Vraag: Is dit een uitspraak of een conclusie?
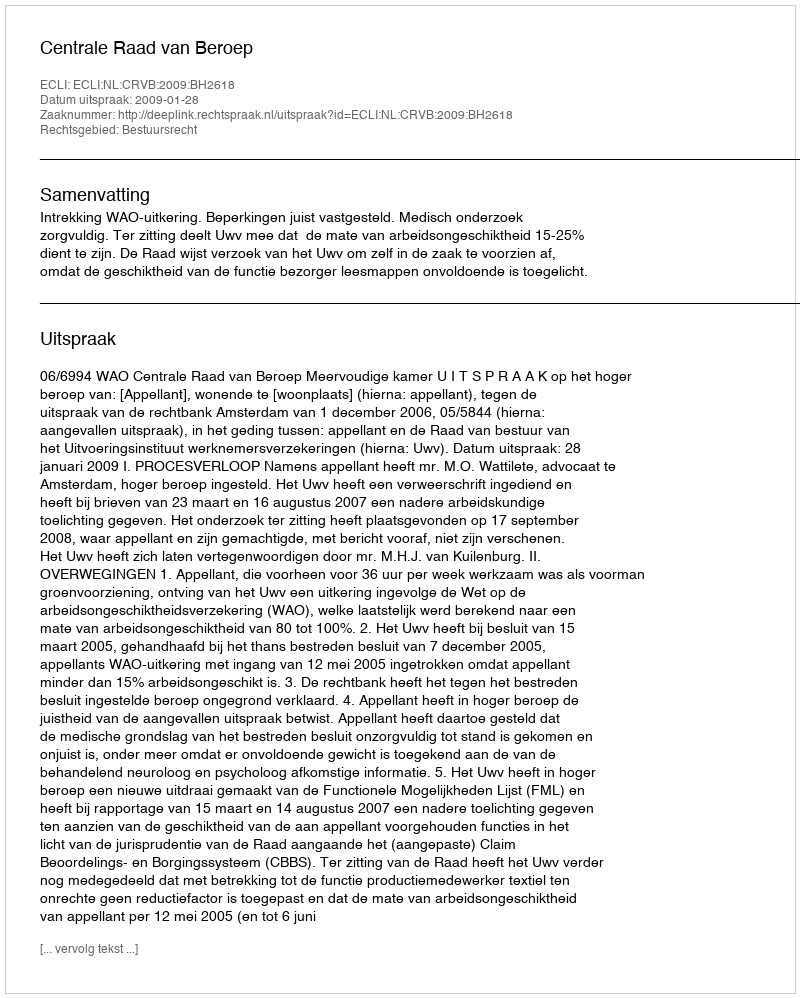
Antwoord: Uitspraak